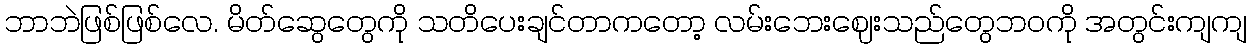
ဘာဘဲဖြစ်ဖြစ်လေ. မိတ်ဆွေတွေကို သတိပေးချင်တာကတော့ လမ်းဘေးဈေးသည်တွေဘဝကို အတွင်းကျကျ